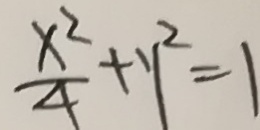
\frac { x ^ { 2 } } { 4 } + y ^ { 2 } = 1